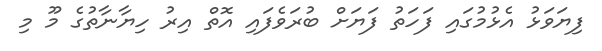
ފިޔަވަޅު އެޅުމުގައި ފަހަތު ފަޔަށް ބުރަވެފައި އޮތް އިރު ހިޔާނާތުގެ މޫ މި